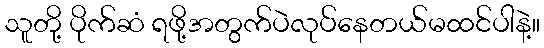
သူတို့ ပိုက်ဆံ ရဖို့အတွက်ပဲလုပ်နေတယ်မထင်ပါနဲ့။